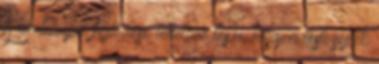
A génterápia fejlődése lehetővé teszi, hogy a testi sejtek